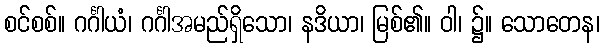
စင်စစ်။ ဂင်္ဂါယံ၊ ဂင်္ဂါအမည်ရှိသော၊ နဒိယာ၊ မြစ်၏။ ဝါ၊ ၌။ သောတေန၊